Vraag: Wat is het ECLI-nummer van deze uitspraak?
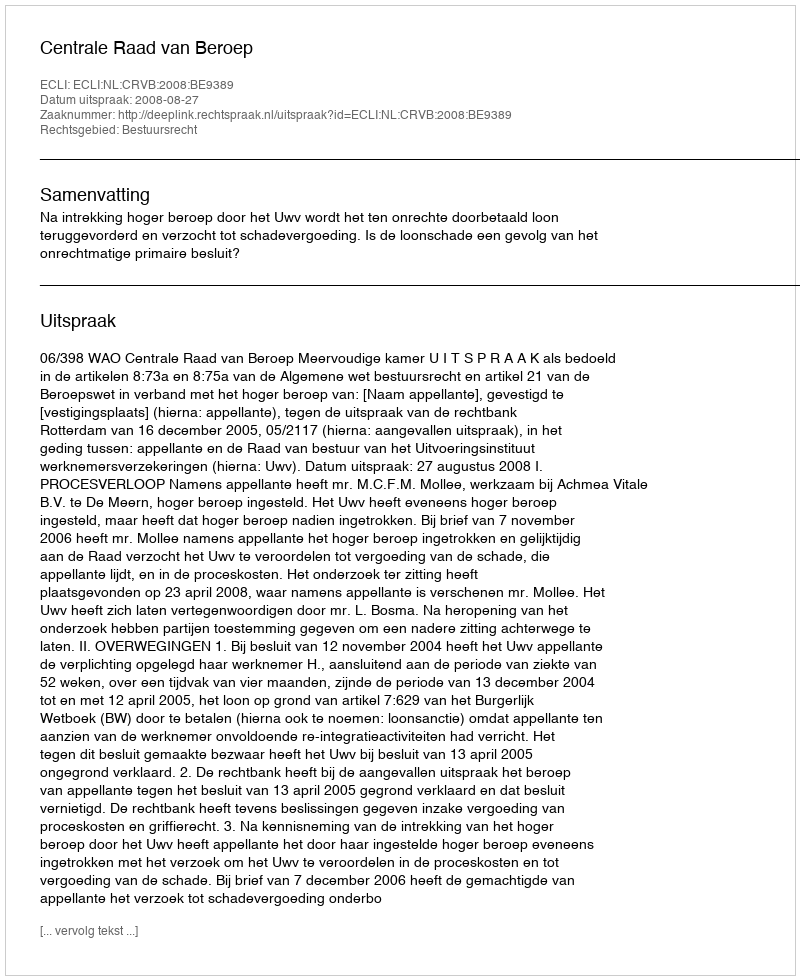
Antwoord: ECLI:NL:CRVB:2008:BE9389